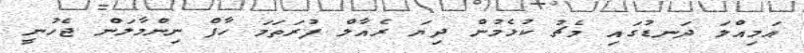
އަމިއްލަ ދަނޑުގައި މެޗު ކުޅެމުން ދިޔަ ރެއާލް ފުރަތަމަ ހާފް ނިންމާލަން ޖެހުނީ